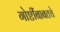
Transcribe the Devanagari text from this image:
गोष्टींबाबतचे